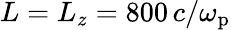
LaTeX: L=L_{z}=800\, c/\omega_{\mathrm{p}}